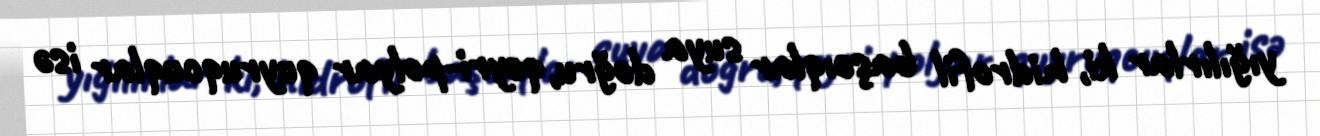
yığılırlar ki, hidrofil başcıqlar suya doğru, qeyri-polyar quyruqcuqlar isə